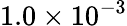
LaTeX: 1.0\times 10^{-3}